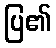
ပြ၏